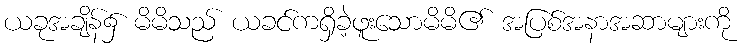
ယခုအချိန်၌ မိမိသည် ယခင်ကရှိခဲ့ဖူးသောမိမိ၏ အပြစ်အနာအဆာများကို